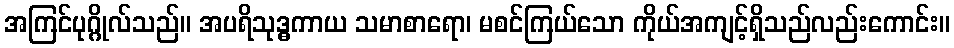
အကြင်ပုဂ္ဂိုလ်သည်။ အပရိသုဒ္ဓကာယ သမာစာရော၊ မစင်ကြယ်သော ကိုယ်အကျင့်ရှိသည်လည်းကောင်း။